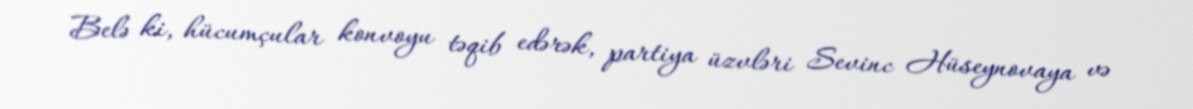
Belə ki, hücumçular konvoyu təqib edərək, partiya üzvləri Sevinc Hüseynovaya və